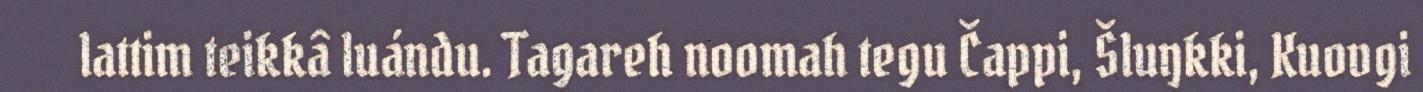
lattim teikkâ luándu. Tagareh noomah tegu Čappi, Šluŋkki, Kuovgi